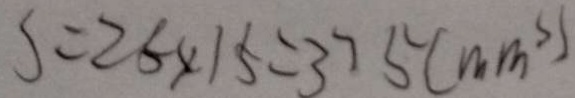
S = 2 5 \times 1 5 = 3 7 5 ( m m ^ { 3 } )